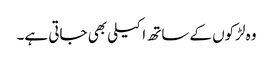
وہ لڑکوں کےساتھ اکیلی بھی جاتی ہے۔